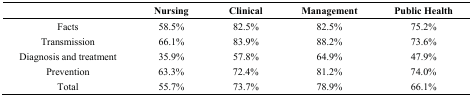
<table><thead><tr><td></td><td><b>Nursing</b></td><td><b>Clinical</b></td><td><b>Management</b></td><td><b>Public Health</b></td></tr></thead><tbody><tr><td>Facts</td><td>58.5%</td><td>82.5%</td><td>82.5%</td><td>75.2%</td></tr><tr><td>Transmission</td><td>66.1%</td><td>83.9%</td><td>88.2%</td><td>73.6%</td></tr><tr><td>Diagnosis and treatment</td><td>35.9%</td><td>57.8%</td><td>64.9%</td><td>47.9%</td></tr><tr><td>Prevention</td><td>63.3%</td><td>72.4%</td><td>81.2%</td><td>74.0%</td></tr><tr><td>Total</td><td>55.7%</td><td>73.7%</td><td>78.9%</td><td>66.1%</td></tr></tbody></table>